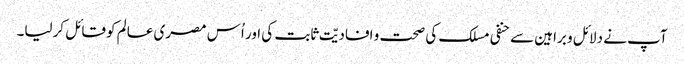
آپ نے دلائل و براہین سے حنفی مسلک کی صحت و افادیّت ثابت کی اور اُس مصری عالم کو قائل کرلیا۔